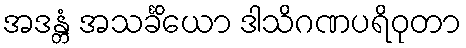
အဒန္တံ အသင်္ခိယော ဒါသိဂဏပရိဝုတာ